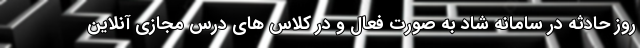
روز حادثه در سامانه شاد به صورت فعال و در کلاس های درس مجازی آنلاین